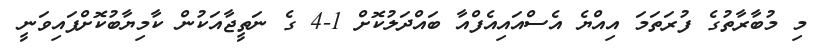
މި މުބާރާތުގެ ފުރަތަމަ އިއްޔެ އެސްއައިއެފްއާ ބައްދަލުކޮށް 1-4 ގެ ނަތީޖާއަކުން ކާމިޔާބުކޮށްފައިވަނީ